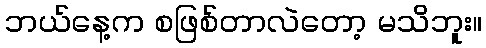
ဘယ်နေ့က စဖြစ်တာလဲတော့ မသိဘူး။